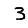
Digit: 3